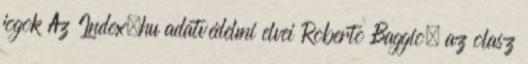
jogok Az Index.hu adatvédelmi elvei Roberto Baggio, az olasz